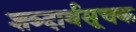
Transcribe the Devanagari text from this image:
शब्दार्थसूचक